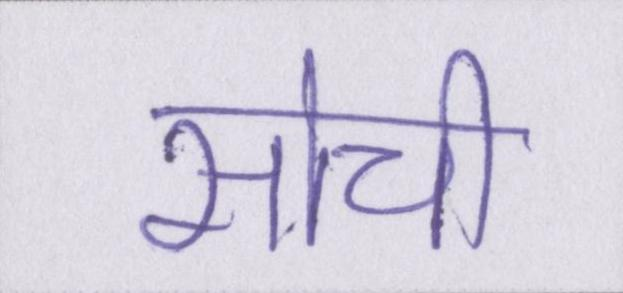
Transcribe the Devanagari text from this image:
सोची